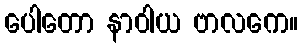
ပေါတော နာဝါယ ဗာလကေ။